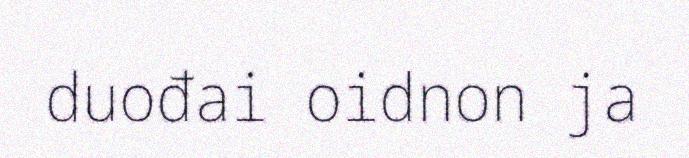
duođai oidnon ja